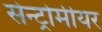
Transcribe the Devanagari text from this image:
सेन्ट्रोमीयर